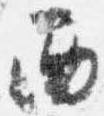
西